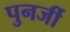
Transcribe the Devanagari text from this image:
पुनर्जी